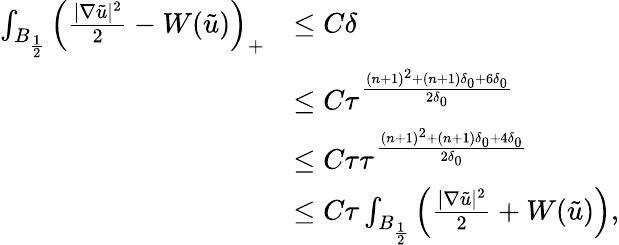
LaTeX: \begin{array}{rl}{\int_{B_{\frac{1}{2}}}\left(\frac{|\nabla\tilde{u}|^{2}}{2}-W(\tilde{u})\right)_{+}}&{\leq C\delta}\\ &{\leq C\tau^{\frac{(n+1)^{2}+(n+1)\delta_{0}+6\delta_{0}}{2\delta_{0}}}}\\ &{\leq C\tau\tau^{\frac{(n+1)^{2}+(n+1)\delta_{0}+4\delta_{0}}{2\delta_{0}}}}\\ &{\leq C\tau\int_{B_{\frac{1}{2}}}\left(\frac{|\nabla\tilde{u}|^{2}}{2}+W(\tilde{u})\right),}\end{array}